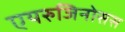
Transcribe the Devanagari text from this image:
एयरुजिनोसस